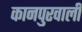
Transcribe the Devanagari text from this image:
कानपुरवाली